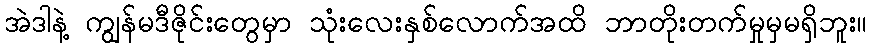
အဲဒါနဲ့ ကျွန်မဒီဇိုင်းတွေမှာ သုံးလေးနှစ်လောက်အထိ ဘာတိုးတက်မှုမှမရှိဘူး။